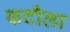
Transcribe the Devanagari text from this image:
कटौला